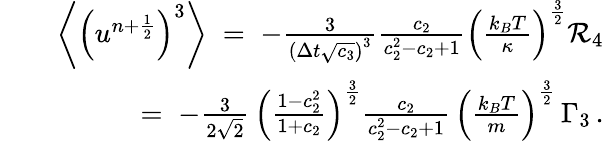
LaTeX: \begin{array}{rlr}&{}&{\left\langle\left(u^{n+\frac{1}{2}}\right)^{3}\right\rangle\; =\; -\frac{3}{\left(\Delta{t}\sqrt{c_{3}}\right)^{3}}\frac{c_{2}}{c_{2}^{2}-c_{2}+1}\left(\frac{k_{B}T}{\kappa}\right)^{\frac{3}{2}}{\cal R}_{4}}\\ &{}&{=\; -\frac{3}{2\sqrt{2}}\, \left(\frac{1-c_{2}^{2}}{1+c_{2}}\right)^{\frac{3}{2}}\frac{c_{2}}{c_{2}^{2}-c_{2}+1}\, \left(\frac{k_{B}T}{m}\right)^{\frac{3}{2}}\, \Gamma_{3}\, .}\end{array}